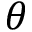
\theta